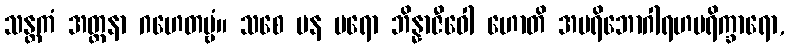
သန္တကံ အတ္တနာ ဂဟေတဗ္ဗံ။ သစေ ပန ပရော ဘိန္နာဇီဝေါ ဟောတိ အပရိဘောဂါရဟပရိက္ခာရော,